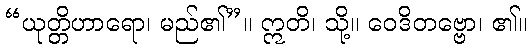
“ယုတ္တိဟာရော၊ မည်၏”။ ဣတိ၊ သို့။ ဝေဒိတဗ္ဗော၊ ၏။